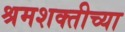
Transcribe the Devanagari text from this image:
श्रमशक्तीच्या